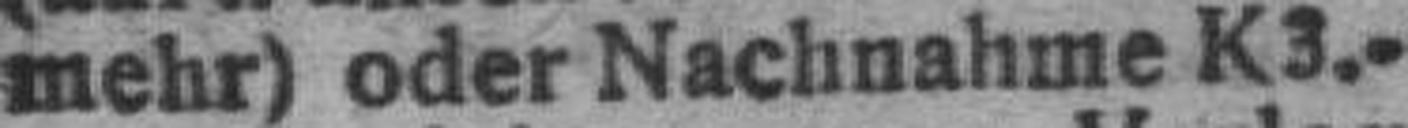
mehr) oder Nachnahme K 3.-